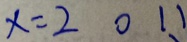
x = 2 0 1 1